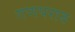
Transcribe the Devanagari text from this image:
गणपराव